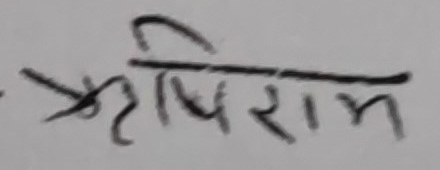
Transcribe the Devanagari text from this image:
कृषिराम